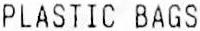
PLASTIC BAGS